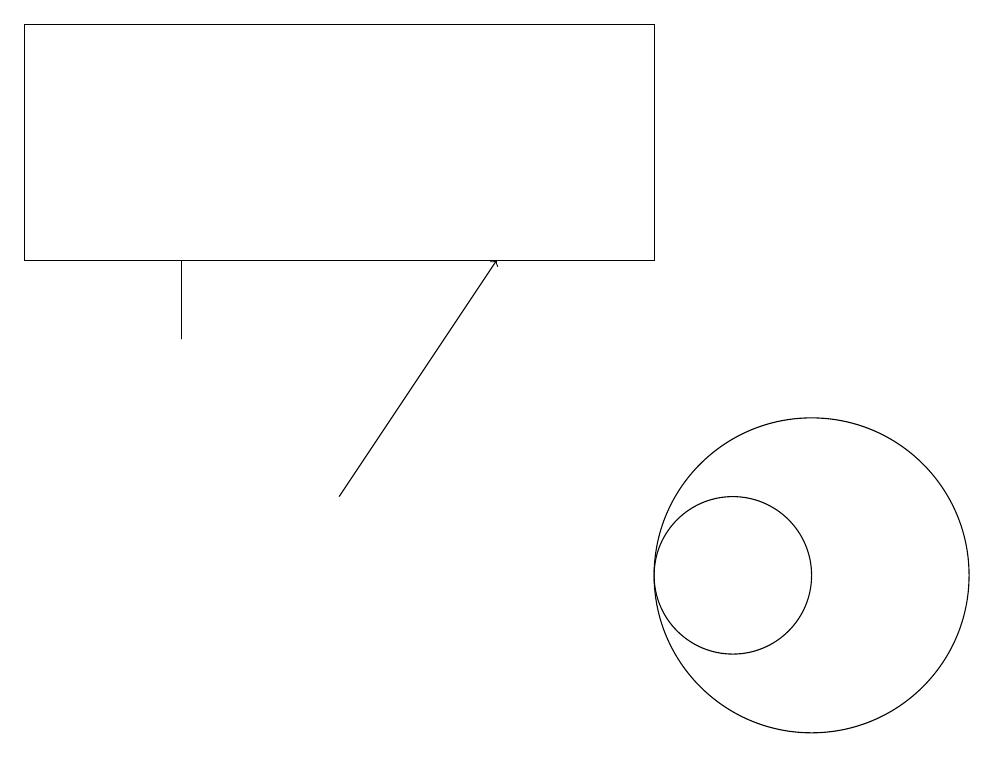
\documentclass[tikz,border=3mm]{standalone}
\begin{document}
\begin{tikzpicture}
\draw (1,14) rectangle (9,17);
\draw (3,13) rectangle (3,14);
\draw (11,10) circle (2);
\draw (10,10) circle (1);
\draw[->] (5,11) -- (7,14);
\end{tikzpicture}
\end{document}